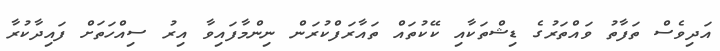
އަދިވެސް ތަފާތު ވައްތަރުގެ ޑިޝްތަކާއި ކޭކުތައް ތައާރަފްކުރަން ނިންމާފައިވާ އިރު ސިއްހަތަށް ފައިދާކުރާ